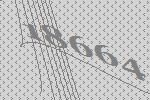
18664